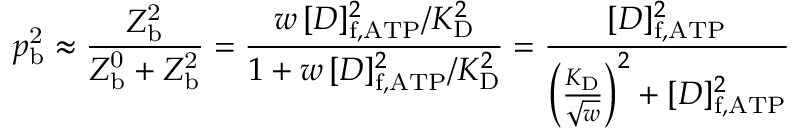
p _ { \mathrm { b } } ^ { \mathrm { 2 } } \approx \frac { Z _ { \mathrm { b } } ^ { \mathrm { 2 } } } { Z _ { \mathrm { b } } ^ { \mathrm { 0 } } + Z _ { \mathrm { b } } ^ { \mathrm { 2 } } } = \frac { w \, [ D ] _ { \mathrm { f , A T P } } ^ { 2 } / K _ { \mathrm { D } } ^ { 2 } } { 1 + w \, [ D ] _ { \mathrm { f , A T P } } ^ { 2 } / K _ { \mathrm { D } } ^ { 2 } } = \frac { [ D ] _ { \mathrm { f , A T P } } ^ { 2 } } { \left( \frac { K _ { \mathrm { D } } } { \sqrt { w } } \right) ^ { 2 } + [ D ] _ { \mathrm { f , A T P } } ^ { 2 } }